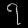
Digit: ၇